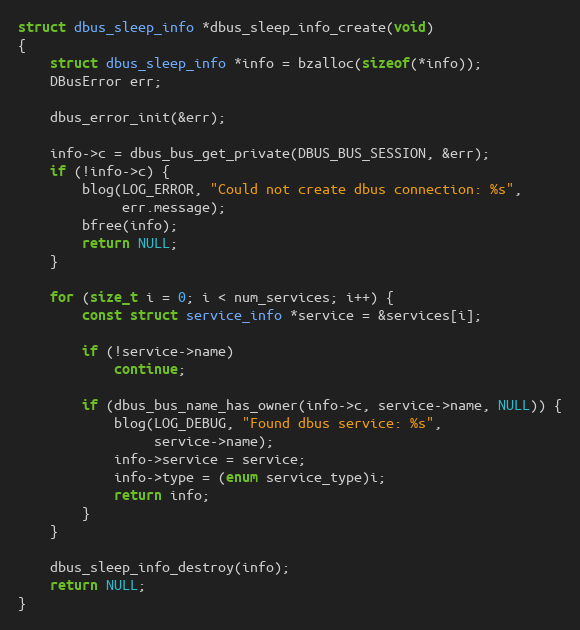
Language: C
struct dbus_sleep_info *dbus_sleep_info_create(void)
{
	struct dbus_sleep_info *info = bzalloc(sizeof(*info));
	DBusError err;

	dbus_error_init(&err);

	info->c = dbus_bus_get_private(DBUS_BUS_SESSION, &err);
	if (!info->c) {
		blog(LOG_ERROR, "Could not create dbus connection: %s",
		     err.message);
		bfree(info);
		return NULL;
	}

	for (size_t i = 0; i < num_services; i++) {
		const struct service_info *service = &services[i];

		if (!service->name)
			continue;

		if (dbus_bus_name_has_owner(info->c, service->name, NULL)) {
			blog(LOG_DEBUG, "Found dbus service: %s",
			     service->name);
			info->service = service;
			info->type = (enum service_type)i;
			return info;
		}
	}

	dbus_sleep_info_destroy(info);
	return NULL;
}